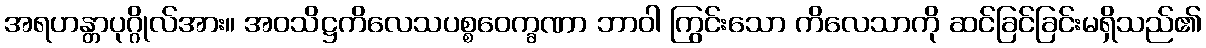
အရဟန္တာပုဂ္ဂိုလ်အား။ အဝသိဋ္ဌကိလေသပစ္စဝေက္ခဏာ ဘာဝါ ကြွင်းသော ကိလေသာကို ဆင်ခြင်ခြင်းမရှိသည်၏